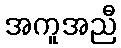
အကူအညီ